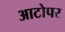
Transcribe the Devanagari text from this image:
आटोपर